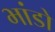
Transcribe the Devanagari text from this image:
भांडो